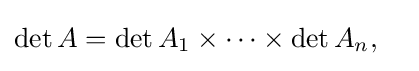
{\begin{aligned}\det {A}&=\det {A}_{1}\times \cdots \times \det {A}_{n},\end{aligned}}